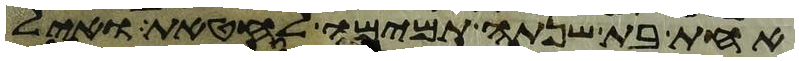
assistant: אחת בת שנתה תמימה לחטאת ואיל